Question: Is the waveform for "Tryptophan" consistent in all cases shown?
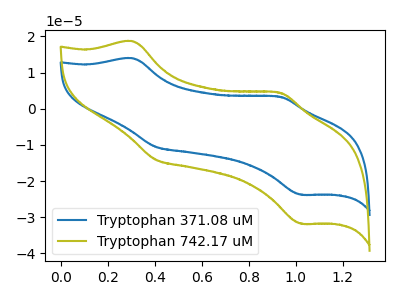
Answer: <think>The blue curve "Tryptophan 371.08 uM" has anodic peaks at (0.30V, 13.95uA) (0.95V, 3.30uA) and cathodic peaks at (0.40V, -10.55uA) (1.00V, -23.80uA). The olive curve "Tryptophan 742.17 uM" has anodic peaks at (0.30V, 18.65uA) (0.95V, 4.45uA) and cathodic peaks at (0.40V, -14.10uA) (1.00V, -31.80uA).
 All the peaks in "Tryptophan 371.08 uM" have a peak in "Tryptophan 742.17 uM" at the same potential. Every peak in "Tryptophan 371.08 uM" is lower than every peak in "Tryptophan 742.17 uM".</think>
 <answer>All the CV's of "Tryptophan" have similar shape.</answer>
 <eval>follow_rule</eval>